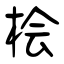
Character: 桧